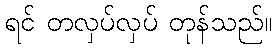
ရင် တလှပ်လှပ် တုန်သည်။